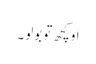
او کچھ تو بولو ۔